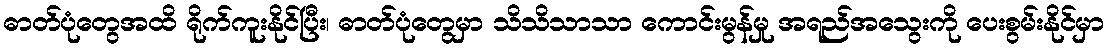
ဓာတ်ပုံတွေအထိ ရိုက်ကူးနိုင်ပြီး၊ ဓာတ်ပုံတွေမှာ သိသိသာသာ ကောင်းမွန်မှု အရည်အသွေးကို ပေးစွမ်းနိုင်မှာ